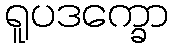
ရူပဒက္ခော